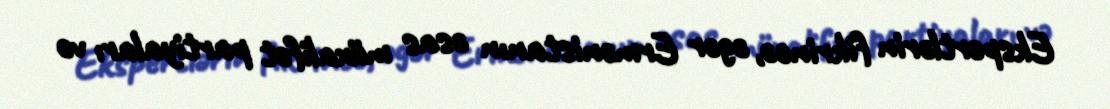
Ekspertlərin fikrincə, əgər Ermənistanın əsas müxalifət partiyaları və